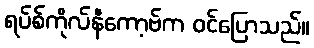
ရပ်စ်ကိုလ်နီကော့ဗ်က ဝင်ပြောသည်။